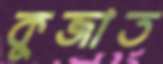
কুজাত